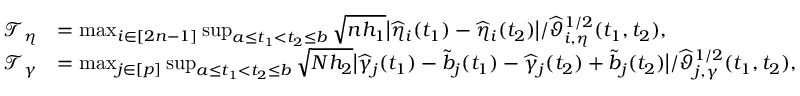
\begin{array} { r l } { \mathcal { T } _ { \eta } } & { = \operatorname* { m a x } _ { i \in [ 2 n - 1 ] } \operatorname* { s u p } _ { a \le t _ { 1 } < t _ { 2 } \le b } \sqrt { n h _ { 1 } } \big | \widehat { \eta } _ { i } ( t _ { 1 } ) - \widehat { \eta } _ { i } ( t _ { 2 } ) \big | / \widehat \vartheta _ { i , \eta } ^ { 1 / 2 } ( t _ { 1 } , t _ { 2 } ) , } \\ { \mathcal { T } _ { \gamma } } & { = \operatorname* { m a x } _ { j \in [ p ] } \operatorname* { s u p } _ { a \le t _ { 1 } < t _ { 2 } \le b } \sqrt { N h _ { 2 } } \big | \widehat { \gamma } _ { j } ( t _ { 1 } ) - \widetilde { b } _ { j } ( t _ { 1 } ) - \widehat { \gamma } _ { j } ( t _ { 2 } ) + \widetilde b _ { j } ( t _ { 2 } ) \big | / \widehat \vartheta _ { j , \gamma } ^ { 1 / 2 } ( t _ { 1 } , t _ { 2 } ) , } \end{array}